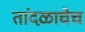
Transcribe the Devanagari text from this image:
तांदळाचेच